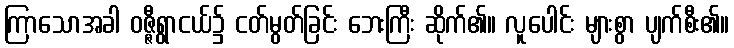
ကြာသောအခါ ဝဇ္ဇီရွာငယ်၌ ငတ်မွတ်ခြင်း ဘေးကြီး ဆိုက်၏။ လူပေါင်း များစွာ ပျက်စီး၏။